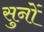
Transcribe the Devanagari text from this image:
सुनों